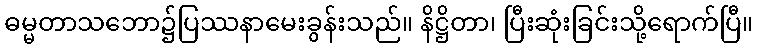
ဓမ္မတာသဘော၌ပြဿနာမေးခွန်းသည်။ နိဋ္ဌိတာ၊ ပြီးဆုံးခြင်းသို့ရောက်ပြီ။